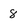
Character: 8